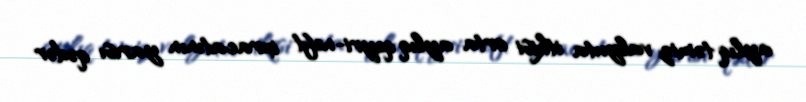
aylıq təmiz valyuta itkisi orta aylıq qeyri-neft ixracatının yarısı qədər